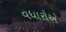
વધારોએ